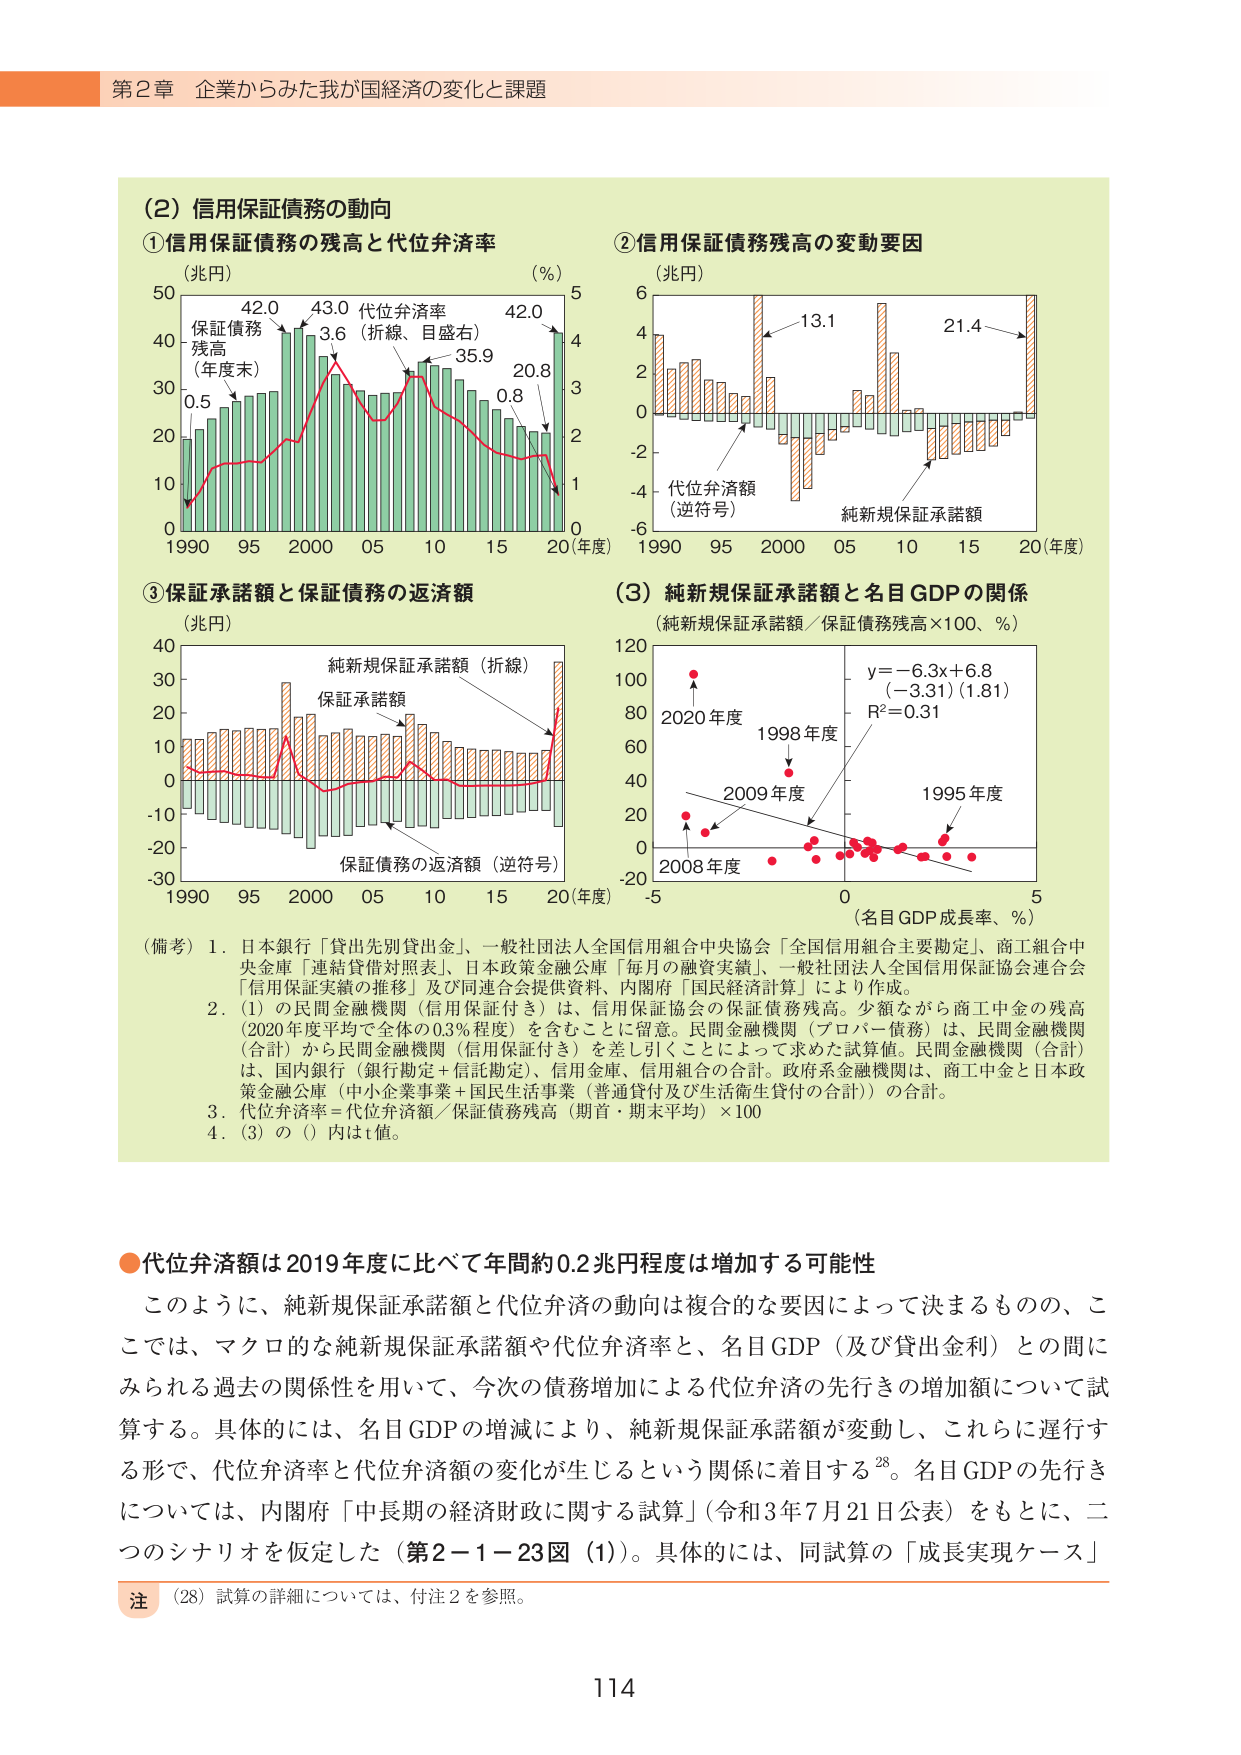
第2章 企業からみた我が国経済の変化と課題

（2）信用保証債務の動向

①信用保証債務の残高と代位弁済率
（兆円）（％）
保証債務
残高
（年度末）
0.5 → 42.0 → 43.0 → 3.6（折線、目盛右）→ 35.9 → 0.8 → 42.0
代位弁済率
1990 95 2000 05 10 15 20（年度）

②信用保証債務残高の変動要因
（兆円）
代位弁済額（逆符号）
純新規保証承諾額
13.1 → 21.4
1990 95 2000 05 10 15 20（年度）

③保証承諾額と保証債務の返済額
（兆円）
純新規保証承諾額（折線）
保証承諾額
保証債務の返済額（逆符号）
1990 95 2000 05 10 15 20（年度）

（3）純新規保証承諾額と名目GDPの関係
（純新規保証承諾額／保証債務残高×100、％）
y＝－6.3x＋6.8
（－3.31）（1.81）
R²＝0.31
2020年度
1998年度
2009年度
1995年度
2008年度
－5 0 5
（名目GDP成長率、％）

（備考）1．日本銀行「貸出先別貸出金」、一般社団法人全国信用組合中央協会「全国信用組合主要勘定」、商工組合中央金庫「連結貸借対照表」、日本政策金融公庫「毎月の融資実績」、一般社団法人全国信用保証協会連合会「信用保証実績の推移」及び同連合会提供資料、内閣府「国民経済計算」により作成。
2．（1）の民間金融機関（信用保証付き）は、信用保証協会の保証債務残高。少額ながら商工中金の残高（2020年度平均で全体の0.3％程度）を含むことに留意。民間金融機関（プロパー債務）は、民間金融機関（合計）から民間金融機関（信用保証付き）を差し引くことによって求めた試算値。民間金融機関（合計）は、国内銀行（銀行勘定＋信託勘定）、信用金庫、信用組合の合計。政府系金融機関は、商工中金と日本政策金融公庫（中小企業事業＋国民生活事業（普通貸付及び生活衛生貸付の合計））の合計。
3．代位弁済率＝代位弁済額／保証債務残高（期首・期末平均）×100
4．（3）の（ ）内はt値。

●代位弁済額は2019年度に比べて年間約0.2兆円程度は増加する可能性
このように、純新規保証承諾額と代位弁済の動向は複合的な要因によって決まるものの、ここでは、マクロ的な純新規保証承諾額や代位弁済率と、名目GDP（及び貸出金利）との間にみられる過去の関係性を用いて、今次の債務増加による代位弁済の先行きの増加額について試算する。具体的には、名目GDPの増減により、純新規保証承諾額が変動し、これらに遅行する形で、代位弁済率と代位弁済額の変化が生じるという関係に着目する28。名目GDPの先行きについては、内閣府「中長期の経済財政に関する試算」（令和3年7月21日公表）をもとに、二つのシナリオを仮定した（第2－1－23図（1））。具体的には、同試算の「成長実現ケース」

注 （28）試算の詳細については、付注2を参照。

114